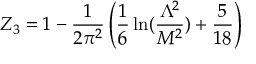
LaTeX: Z _ { 3 } = 1 - \frac { 1 } { 2 \pi ^ { 2 } } \left( \frac { 1 } { 6 } \ln ( \frac { \Lambda ^ { 2 } } { M ^ { 2 } } ) + \frac { 5 } { 1 8 } \right)